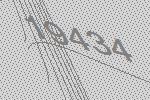
19434